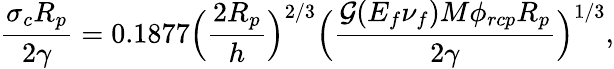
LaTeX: \frac{\sigma_{c}R_{p}}{2\gamma}=0.1877\Big(\frac{2R_{p}}{h}\Big)^{2/3}\Big(\frac{\mathcal{G}(E_{f}\nu_{f})M\phi_{rcp}R_{p}}{2\gamma}\Big)^{1/3},